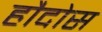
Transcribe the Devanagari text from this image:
हौदोस